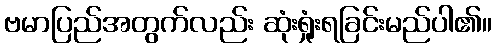
ဗမာပြည်အတွက်လည်း ဆုံးရှုံးရခြင်းမည်ပါ၏။